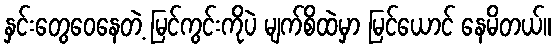
နှင်းတွေဝေနေတဲ့ မြင်ကွင်းကိုပဲ မျက်စိထဲမှာ မြင်ယောင် နေမိတယ်။